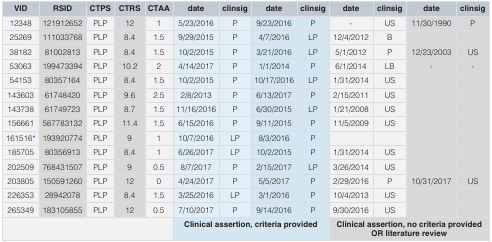
<table><thead><tr><td><b>VID</b></td><td><b>RSID</b></td><td><b>CTPS</b></td><td><b>CTRS</b></td><td><b>CTAA</b></td><td><b>date</b></td><td><b>clinsig</b></td><td><b>date</b></td><td><b>clinsig</b></td><td><b>date</b></td><td><b>clinsig</b></td><td><b>date</b></td><td><b>clinsig</b></td></tr></thead><tbody><tr><td>12348</td><td>121912652</td><td>PLP</td><td>12</td><td>1</td><td>5/23/2016</td><td>P</td><td>9/23/2016</td><td>P</td><td>-</td><td>US</td><td>11/30/1990</td><td>P</td></tr><tr><td>25269</td><td>111033768</td><td>PLP</td><td>8.4</td><td>1.5</td><td>9/29/2015</td><td>P</td><td>4/7/2016</td><td>LP</td><td>12/4/2012</td><td>B</td><td></td><td></td></tr><tr><td>38182</td><td>81002813</td><td>PLP</td><td>8.4</td><td>1.5</td><td>10/2/2015</td><td>P</td><td>3/21/2016</td><td>LP</td><td>5/1/2012</td><td>P</td><td>12/23/2003</td><td>US</td></tr><tr><td>53063</td><td>199473394</td><td>PLP</td><td>10.2</td><td>2</td><td>4/14/2017</td><td>P</td><td>1/1/2014</td><td>P</td><td>6/1/2014</td><td>LB</td><td>-</td><td>-</td></tr><tr><td>54153</td><td>80357164</td><td>PLP</td><td>8.4</td><td>1.5</td><td>10/2/2015</td><td>P</td><td>10/17/2016</td><td>LP</td><td>1/31/2014</td><td>US</td><td></td><td></td></tr><tr><td>143603</td><td>61748420</td><td>PLP</td><td>9.6</td><td>2.5</td><td>2/8/2013</td><td>P</td><td>6/13/2017</td><td>P</td><td>2/15/2011</td><td>US</td><td></td><td></td></tr><tr><td>143738</td><td>61749723</td><td>PLP</td><td>8.7</td><td>1.5</td><td>11/16/2016</td><td>P</td><td>6/30/2015</td><td>LP</td><td>1/21/2008</td><td>US</td><td></td><td></td></tr><tr><td>156661</td><td>587783132</td><td>PLP</td><td>11.4</td><td>1.5</td><td>6/15/2016</td><td>P</td><td>9/11/2015</td><td>P</td><td>11/5/2009</td><td>US</td><td></td><td></td></tr><tr><td>161516*</td><td>193920774</td><td>PLP</td><td>9</td><td>1</td><td>10/7/2016</td><td>LP</td><td>8/3/2016</td><td>P</td><td></td><td></td><td></td><td></td></tr><tr><td>185705</td><td>80356913</td><td>PLP</td><td>8.4</td><td>1</td><td>6/26/2017</td><td>LP</td><td>10/2/2015</td><td>P</td><td>1/31/2014</td><td>US</td><td></td><td></td></tr><tr><td>202509</td><td>768431507</td><td>PLP</td><td>9</td><td>0.5</td><td>8/7/2017</td><td>P</td><td>2/15/2017</td><td>LP</td><td>3/26/2014</td><td>US</td><td></td><td></td></tr><tr><td>203805</td><td>150591260</td><td>PLP</td><td>12</td><td>0</td><td>4/24/2017</td><td>P</td><td>5/5/2017</td><td>P</td><td>2/29/2016</td><td>P</td><td>10/31/2017</td><td>US</td></tr><tr><td>226353</td><td>28942078</td><td>PLP</td><td>8.4</td><td>1.5</td><td>3/25/2016</td><td>LP</td><td>3/1/2016</td><td>P</td><td>10/4/2013</td><td>US</td><td></td><td></td></tr><tr><td>265349</td><td>183105855</td><td>PLP</td><td>12</td><td>0.5</td><td>7/10/2017</td><td>P</td><td>9/14/2016</td><td>P</td><td>9/30/2016</td><td>US</td><td></td><td></td></tr><tr><td colspan="5"></td><td colspan="4"><b>Clinical assertion, criteria provided</b></td><td colspan="4"><b>Clinical assertion, no criteria provided</b><b>OR literature review</b></td></tr></tbody></table>